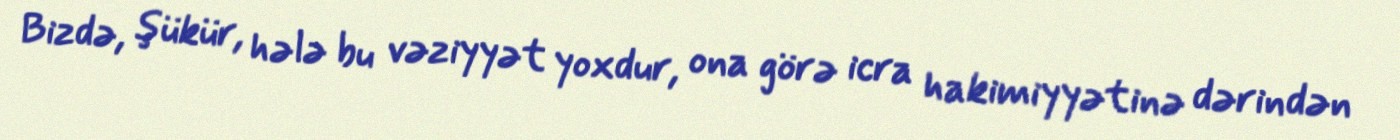
Bizdə, şükür, hələ bu vəziyyət yoxdur, ona görə icra hakimiyyətinə dərindən